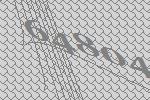
64804